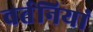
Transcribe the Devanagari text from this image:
वर्तनियां